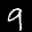
Label: 9